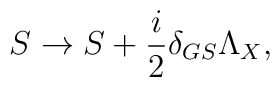
S \rightarrow S + {i \over 2 }\delta_{GS}\Lambda_X ,